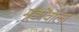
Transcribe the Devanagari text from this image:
मूँछोंवाला